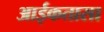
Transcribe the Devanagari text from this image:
आईकतासा